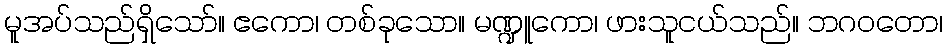
မူအပ်သည်ရှိသော်။ ဧကော၊ တစ်ခုသော။ မဏ္ဍူကော၊ ဖားသူငယ်သည်။ ဘဂဝတော၊